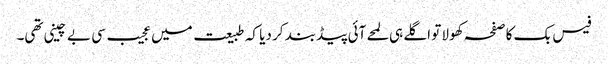
فیس بک کا صفحہ کھولا تو اگلے ہی لمحے آئی پیڈ بند کر دیا کہ طبیعت میں عجیب سی بے چینی تھی۔